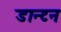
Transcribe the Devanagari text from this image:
डान्टन